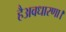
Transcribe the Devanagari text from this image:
हैअवधारणा।